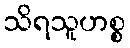
သိရသူဟစ္စ